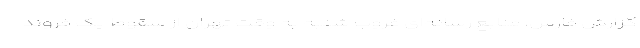
گزارش فارس، منابع رسانه‌ای غروب شنبه به وقت تهران از سقوط یک فروند